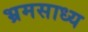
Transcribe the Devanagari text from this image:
भ्रमसाध्य